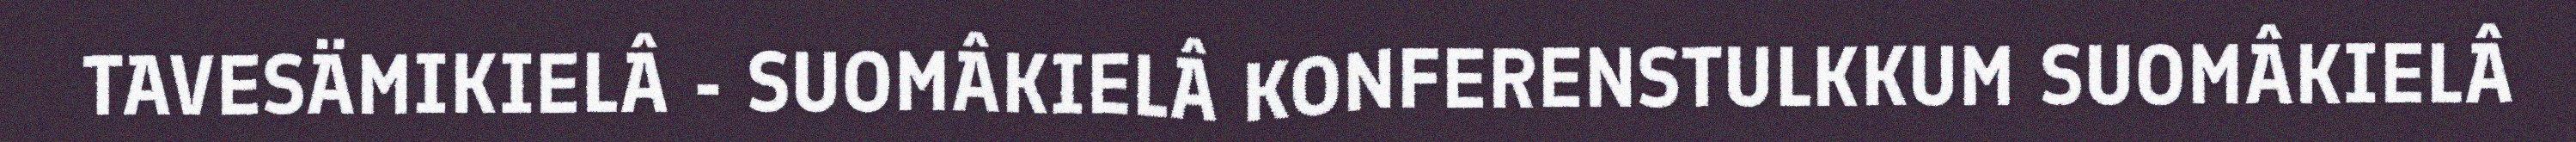
TAVESÄMIKIELÂ - SUOMÂKIELÂ KONFERENSTULKKUM SUOMÂKIELÂ